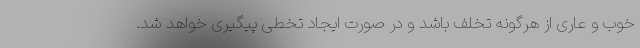
خوب و عاری از هرگونه تخلف باشد و در صورت ایجاد تخطی پیگیری خواهد شد.